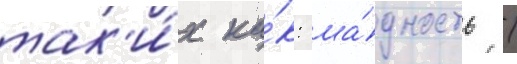
так'и́х ка́к: жа́дность /